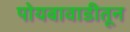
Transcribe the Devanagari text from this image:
पोयबावाडीतून